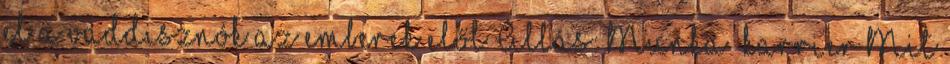
el a vaddisznók az emberek elől Állás: Munka karrier Mit